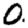
Digit: 0